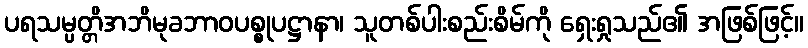
ပရသမ္ပတ္တိအဘိမုခဘာဝပစ္စုပဋ္ဌာနာ၊ သူတစ်ပါးစည်းစိမ်ကို ရှေးရှုသည်၏ အဖြစ်ဖြင့်။